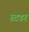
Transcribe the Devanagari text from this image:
स्टडर